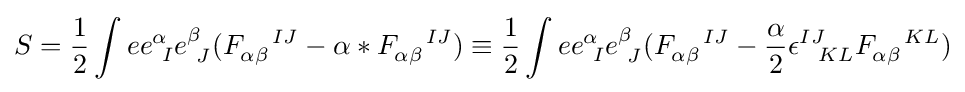
S={\frac {1}{2}}\int ee_{\ I}^{\alpha }e_{\ J}^{\beta }(F_{\alpha \beta }^{\ \ \ IJ}-\alpha \ast F_{\alpha \beta }^{\ \ \ IJ})\equiv {\frac {1}{2}}\int ee_{\ I}^{\alpha }e_{\ J}^{\beta }(F_{\alpha \beta }^{\ \ \ IJ}-{\frac {\alpha }{2}}\epsilon _{\;\;\;KL}^{IJ}F_{\alpha \beta }^{\ \ \ KL})